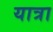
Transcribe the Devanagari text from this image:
यात्रा